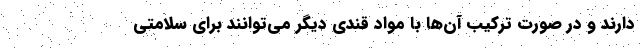
دارند و در صورت ترکیب آن‌ها با مواد قندی دیگر می‌توانند برای سلامتی